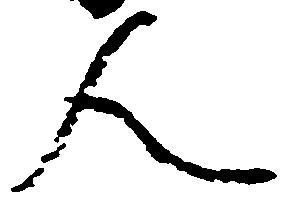
人